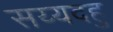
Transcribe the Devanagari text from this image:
सय्यदहु